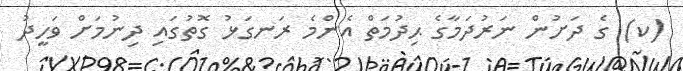
(ކ) ގެ ދަށުން ނަރުދަމާގެ ޙިދުމަތް އެންމެ ރަނގަޅު ގޮތުގައި ދިނުމަށް ވަހީދު